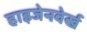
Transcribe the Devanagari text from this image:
हाइजेनवेर्ख